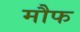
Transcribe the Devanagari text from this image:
मौफ